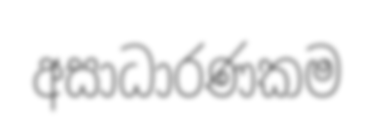
අසාධාරණකම